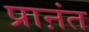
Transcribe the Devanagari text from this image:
प्राऩंत